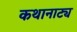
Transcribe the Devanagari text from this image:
कथानाट्य